Lunatic asylums Central Provinces reports 1874-1885 - 1874-1885
Year: 1874
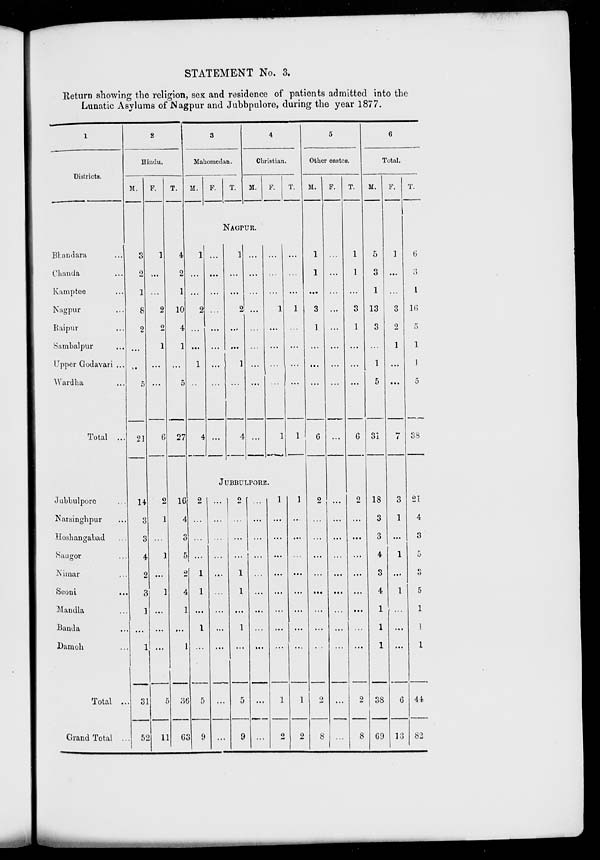
STATEMENT No. 3.
Return showing the religion, sex and residence of patients admitted into the
Lunatic Asylums of Nagpur and Jubbulpore, during the year 1877.
1
Districts.
Bhandara ...
Chanda ...
Kamptee ...
Nagpur ...
Raipur ...
Sambalpur ...
Upper Godavari ...
Wardha ...
Total ...
Jubbulpore ...
Narsinghpur ...
Hoshangabad ...
Saugor ...
Nimar ...
Seoni
...
Mandla ...
Banda ...
Damoh ...
Total ...
Grand Total ...
2
Hindu.
M.
3
2
1
8
2
...
...
5
21
14
3
3
4
2
3
1
...
1
31
52
F.
1
...
...
2
2
1
...
...
6
2
1
...
1
...
1
...
...
...
5
11
T.
4
2
1
10
4
1
...
5
27
16
4
3
5
2
4
1
...
1
36
63
3
Mahomedan.
M.
1
...
...
2
...
...
1
...
4
2
...
...
...
1
1
...
1
...
5
9
F.
T.
4
Christian.
M.
F.
T.
NAGPUR.
...
...
...
...
...
...
...
...
...
1
...
...
2
...
...
1
...
4
...
...
...
...
...
...
...
...
...
...
...
...
1
...
...
...
...
1
...
...
...
1
...
...
...
...
1
JUBBULPORE.
...
...
...
...
...
...
...
...
...
...
...
2
...
...
...
1
1
...
1
...
5
9
...
...
...
...
...
...
...
...
...
...
...
1
...
...
...
...
...
...
...
...
1
2
1
...
...
...
...
...
...
...
...
1
2
5
Other castes.
M.
1
1
...
3
1
...
...
...
6
2
...
...
...
...
...
...
...
...
2
8
F.
...
...
...
...
...
...
...
...
...
...
...
...
...
...
...
...
...
...
...
...
T.
1
1
...
3
1
...
...
...
6
2
...
...
...
...
...
...
...
...
2
8
6
Total.
M.
5
3
1
13
3
...
1
5
31
18
3
3
4
3
4
1
1
1
38
69
F.
1
...
...
3
2
1
...
...
7
3
1
...
1
...
1
...
...
...
6
13
T.
6
3
1
16
5
1
1
5
38
21
4
3
5
3
5
1
1
1
44
82